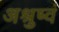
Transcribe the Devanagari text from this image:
अश्रुष्वं